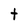
Character: t